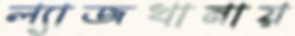
ল্যাজখানায়